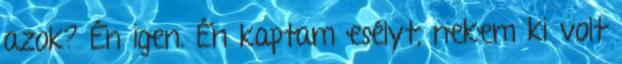
azok? Én igen. Én kaptam esélyt, nekem ki volt